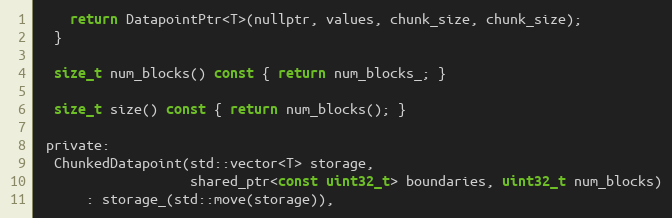
Language: C
    return DatapointPtr<T>(nullptr, values, chunk_size, chunk_size);
  }

  size_t num_blocks() const { return num_blocks_; }

  size_t size() const { return num_blocks(); }

 private:
  ChunkedDatapoint(std::vector<T> storage,
                   shared_ptr<const uint32_t> boundaries, uint32_t num_blocks)
      : storage_(std::move(storage)),